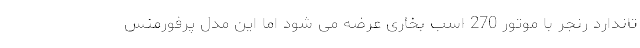
تاندارد رنجر با موتور 270 اسب بخاری عرضه می شود اما این مدل پرفورمنس